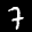
Label: 7